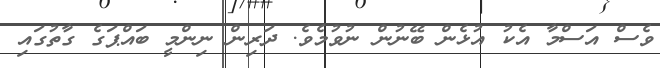
ވެސް އަސްމާ އެކު އުޅެން ބޭނުން ނުވުމެވެ. ދަރިން ނިންމީ ބައްޕަގެ ގާތުގައި